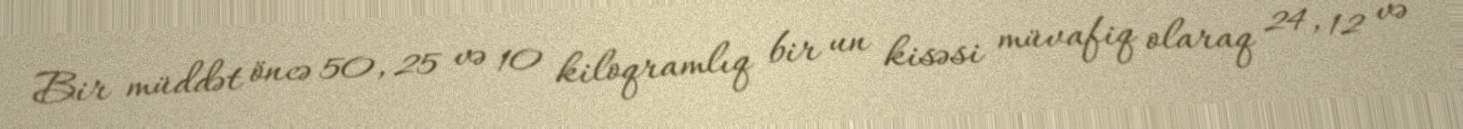
Bir müddət öncə 50, 25 və 10 kiloqramlıq bir un kisəsi müvafiq olaraq 24, 12 və